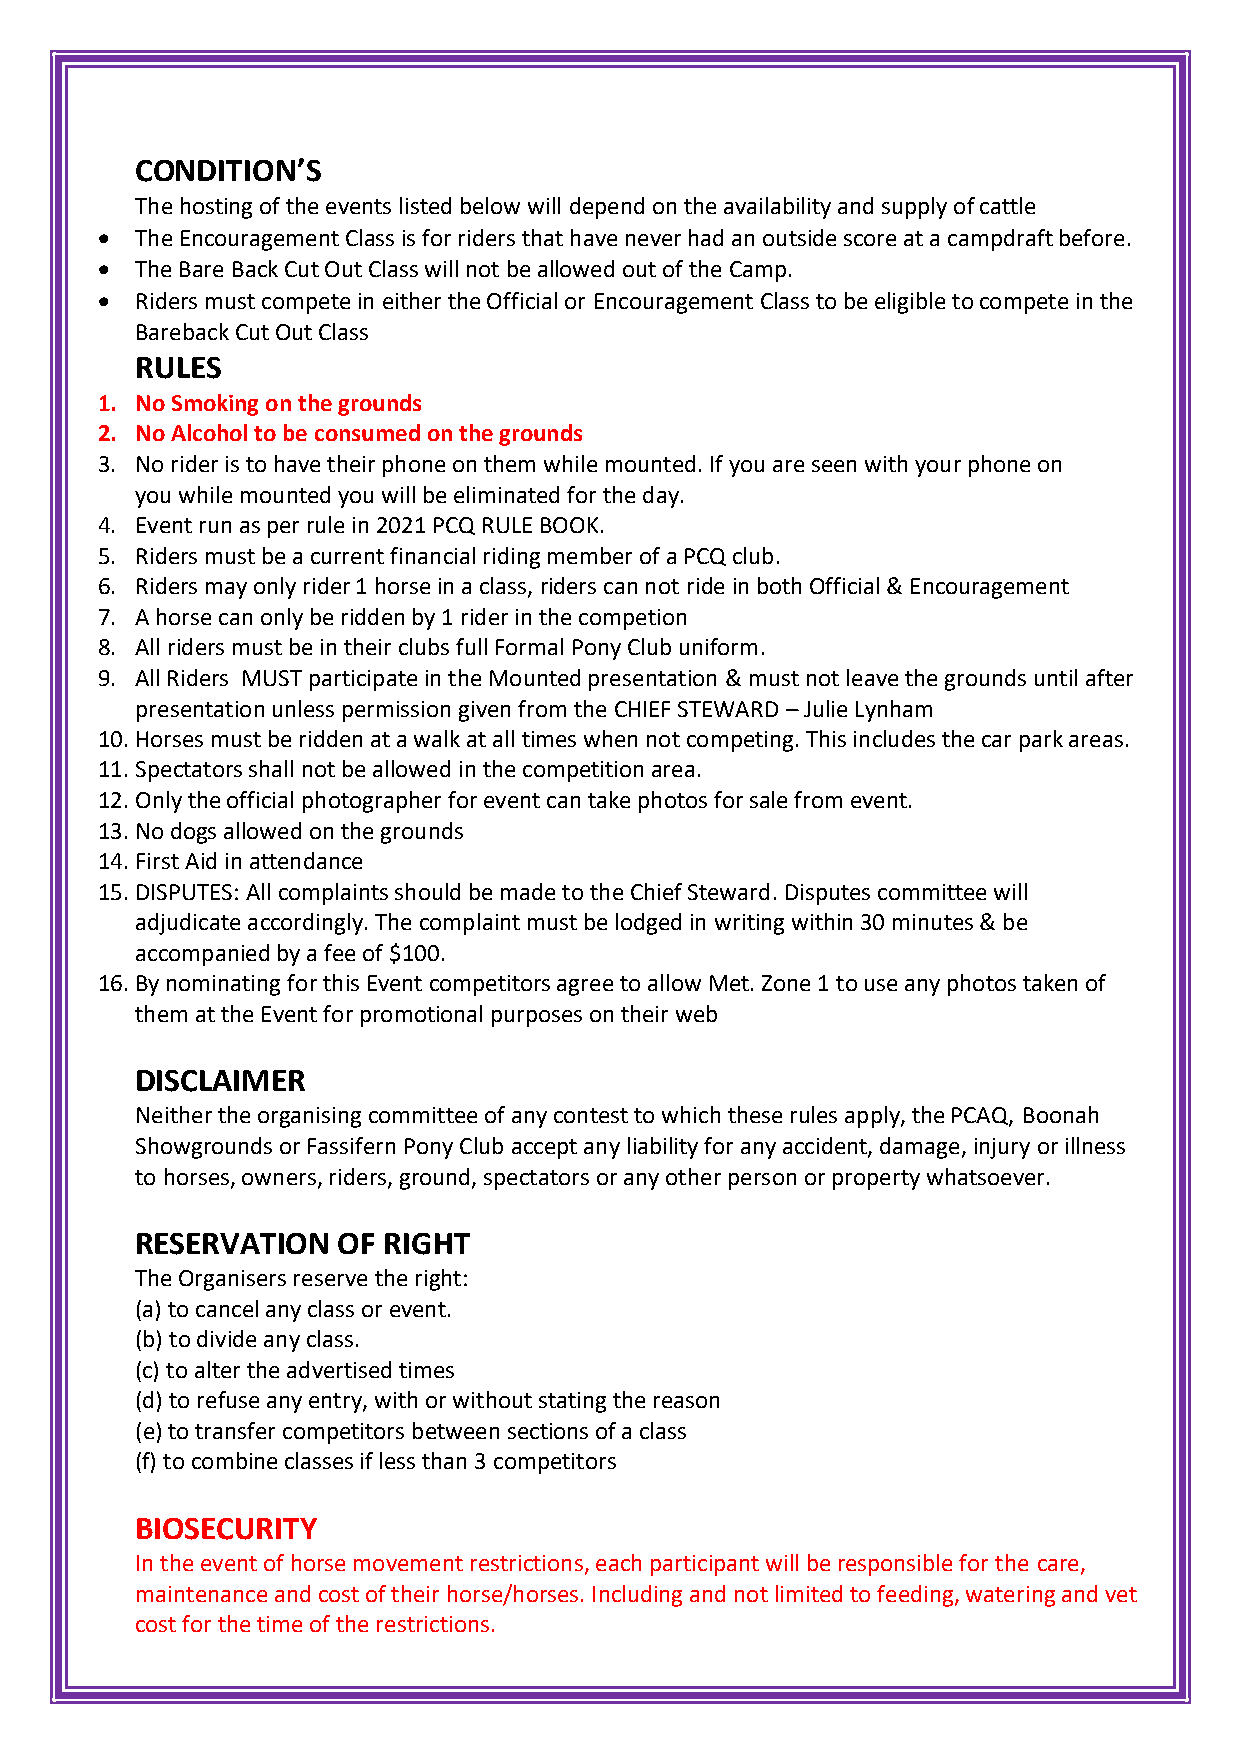
CONDITION’S
 The hosting of the events listed below will depend on the availability and supply of cattle
 •  The Encouragement Class is for riders that have never had an outside score at a campdraft before.
 •  The Bare Back Cut Out Class will not be allowed out of the Camp.
 •  Riders must compete in either the Official or Encouragement Class to be eligible to compete in the
 Bareback Cut Out Class
 RULES
 1. No Smoking on the grounds
 2. No Alcohol to be consumed on the grounds
 3. No rider is to have their phone on them while mounted. If you are seen with your phone on
 you while mounted you will be eliminated for the day.
 4. Event run as per rule in 2021 PCQ RULE BOOK.
 5. Riders must be a current financial riding member of a PCQ club.
 6. Riders may only rider 1 horse in a class, riders can not ride in both Official & Encouragement
 7. A horse can only be ridden by 1 rider in the competion
 8. All riders must be in their clubs full Formal Pony Club uniform.
 9. All Riders MUST participate in the Mounted presentation & must not leave the grounds until after
 presentation unless permission given from the CHIEF STEWARD – Julie Lynham
 10. Horses must be ridden at a walk at all times when not competing. This includes the car park areas.
 11. Spectators shall not be allowed in the competition area.
 12. Only the official photographer for event can take photos for sale from event.
 13. No dogs allowed on the grounds
 14. First Aid in attendance
 15. DISPUTES: All complaints should be made to the Chief Steward. Disputes committee will
 adjudicate accordingly. The complaint must be lodged in writing within 30 minutes & be
 accompanied by a fee of $100.
 16. By nominating for this Event competitors agree to allow Met. Zone 1 to use any photos taken of
 them at the Event for promotional purposes on their web
 DISCLAIMER
 Neither the organising committee of any contest to which these rules apply, the PCAQ, Boonah
 Showgrounds or Fassifern Pony Club accept any liability for any accident, damage, injury or illness
 to horses, owners, riders, ground, spectators or any other person or property whatsoever.
 RESERVATION  OF RIGHT
 The Organisers reserve the right:
 (a) to cancel any class or event.
 (b) to divide any class.
 (c) to alter the advertised times
 (d) to refuse any entry, with or without stating the reason
 (e) to transfer competitors between sections of a class
 (f) to combine classes if less than 3 competitors
 BIOSECURITY
 In the event of horse movement restrictions, each participant will be responsible for the care,
 maintenance and cost of their horse/horses. Including and not limited to feeding, watering and vet
 cost for the time of the restrictions.